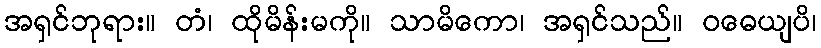
အရှင်ဘုရား။ တံ၊ ထိုမိန်းမကို။ သာမိကော၊ အရှင်သည်။ ဝဓေယျပိ၊